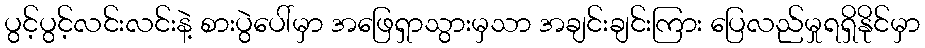
ပွင့်ပွင့်လင်းလင်းနဲ့ စားပွဲပေါ်မှာ အဖြေရှာသွားမှသာ အချင်းချင်းကြား ပြေလည်မှုရရှိနိုင်မှာ